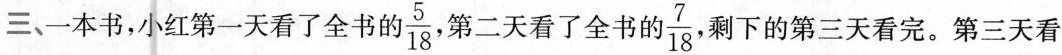
三、一本书，小红第一天看了全书的 \frac{5}{18}第二天看了全书的 \frac{7}{18}剩下的第三天看完。第三天看